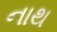
નાથ